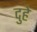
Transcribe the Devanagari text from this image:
दुहे